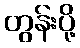
တွန်းပို့